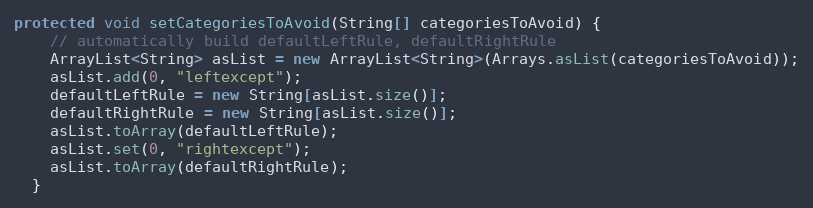
Language: Java
protected void setCategoriesToAvoid(String[] categoriesToAvoid) {
    // automatically build defaultLeftRule, defaultRightRule
    ArrayList<String> asList = new ArrayList<String>(Arrays.asList(categoriesToAvoid));
    asList.add(0, "leftexcept");
    defaultLeftRule = new String[asList.size()];
    defaultRightRule = new String[asList.size()];
    asList.toArray(defaultLeftRule);
    asList.set(0, "rightexcept");
    asList.toArray(defaultRightRule);
  }